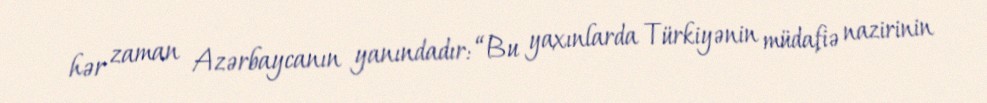
hər zaman Azərbaycanın yanındadır: “Bu yaxınlarda Türkiyənin müdafiə nazirinin